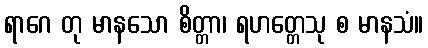
ရာဂေ တု မာနသော စိတ္တာ၊ ရဟတ္တေသု စ မာနသံ။